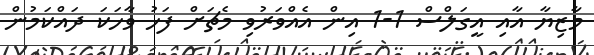
މާޒިޔާ އާއި އީގަލްސް 1-1 އިން އެއްވަރުވި މެޗަށް ފަހު ވާހަކަ ދައްކަމުން